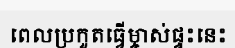
ពេលប្រកួតធ្វើម្ចាស់ផ្ទះនេះ